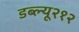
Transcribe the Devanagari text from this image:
डब्ल्यू२१२